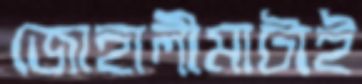
জোহালীমাটাই